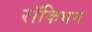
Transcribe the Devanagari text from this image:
रॉकिघम